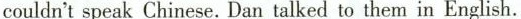
couldn'tspeak Chinese.Dan talked to them in English.